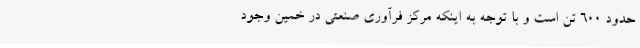
حدود 600 تن است و با توجه به اینکه مرکز فرآوری صنعتی در خمین وجود